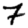
Digit: 7